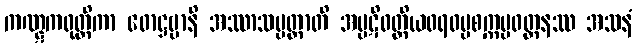
ကဏ္ဋကဝုတ္တိကာ ဖောဋ္ဌဗ္ဗာနိ အဿာသပ္ပတ္တာတိ အပ္ပဋိဝတ္တိယဝရဓမ္မစက္ကပ္ပဝတ္တနဿ အသနံ